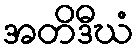
အတိဒီဃံ